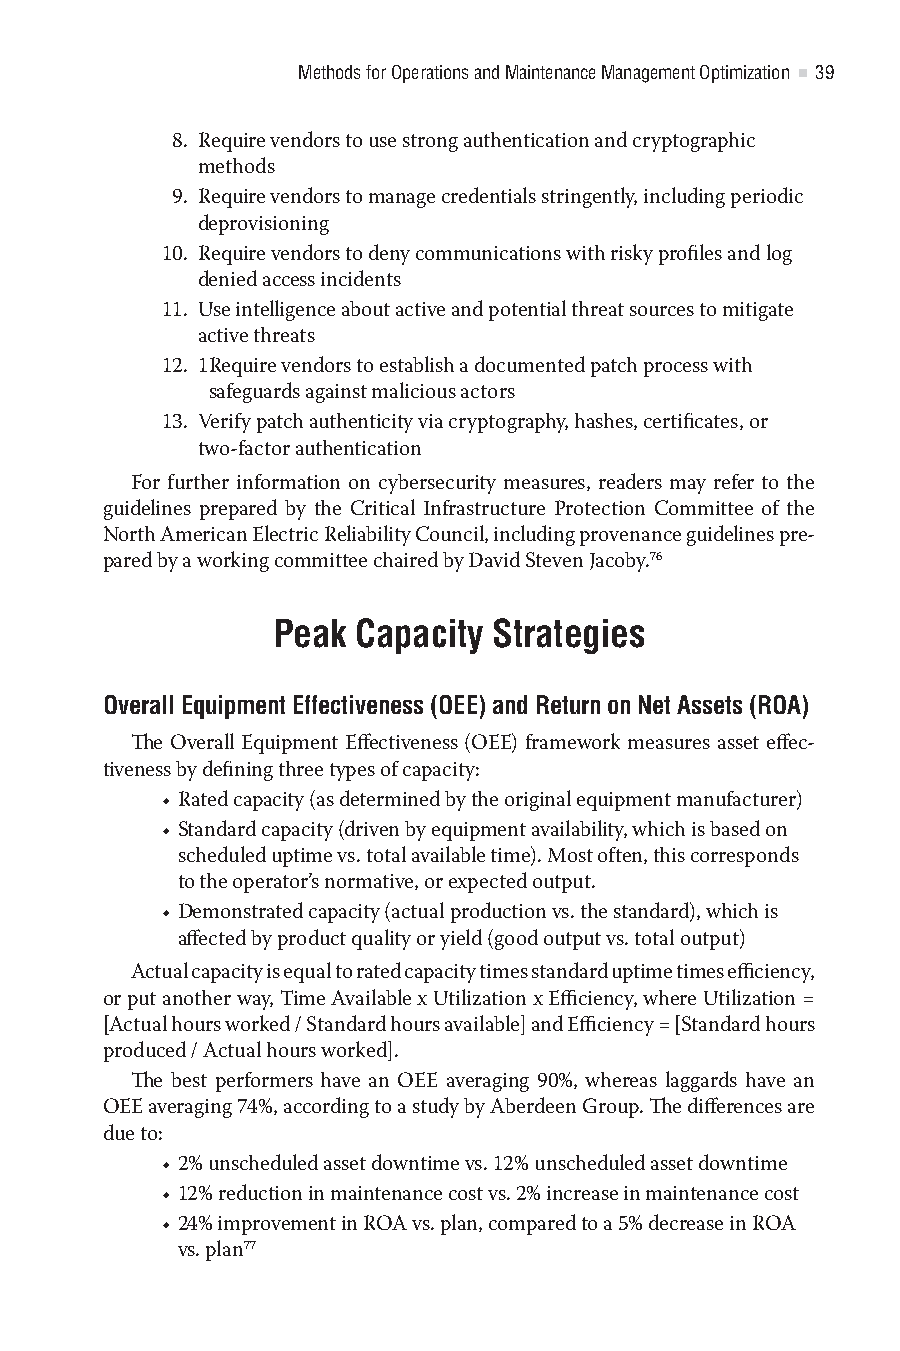
Methods for Operations and Maintenance Management Optimization 39
 8. R equire vendors to use strong authentication and cryptographic
 methods
 9. R equire vendors to manage credentials stringently, including periodic
 deprovisioning
 10. R equire vendors to deny communications with risky profiles and log
 denied access incidents
 11. U se intelligence about active and potential threat sources to mitigate
 active threats
 12. 1R equire vendors to establish a documented patch process with
 safeguards against malicious actors
 13. V erify patch authenticity via cryptography, hashes, certificates, or
 two-factor authentication
 For further information on cybersecurity measures, readers may refer to the
 guidelines prepared by the Critical Infrastructure Protection Committee of the
 North American Electric Reliability Council, including provenance guidelines pre-
 pared by a working committee chaired by David Steven Jacoby.76
 Peak Capacity  Strategies
 Overall Equipment Effectiveness (OEE) and Return on Net Assets (ROA)
 The Overall Equipment Effectiveness (OEE) framework measures asset effec-
 tiveness by defining three types of capacity:
 • Rated capacity (as determined by the original equipment manufacturer)
 • Standard capacity (driven by equipment availability, which is based on
 scheduled uptime vs. total available time). Most often, this corresponds
 to the operator’s normative, or expected output.
 • Demonstrated capacity (actual production vs. the standard), which is
 affected by product quality or yield (good output vs. total output)
 Actual capacity is equal to rated capacity times standard uptime times efficiency,
 or put another way, Time Available x Utilization x Efficiency, where Utilization =
 [Actual hours worked / Standard hours available] and Efficiency = [Standard hours
 produced / Actual hours worked].
 The best performers have an OEE averaging 90%, whereas laggards have an
 OEE averaging 74%, according to a study by Aberdeen Group. The differences are
 due to:
 • 2% unscheduled asset downtime vs. 12% unscheduled asset downtime
 • 12% reduction in maintenance cost vs. 2% increase in maintenance cost
 • 24% improvement in ROA vs. plan, compared to a 5% decrease in ROA
 vs. plan77
 365522YQS_ENERGY_CC2019_pc.indd 39                09/08/2021 09:52:41